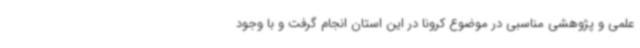
علمی و پژوهشی مناسبی در موضوع کرونا در این استان انجام گرفت و با وجود